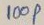
Text: 100P